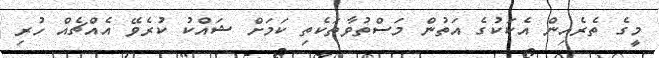
މީގެ ތެރެއިން އެކަކުގެ އަތުން މަސްތުވާތަކެތި ކަމަށް ޝައްކު ކުރެވޭ އެއްޗެއް ހުރި